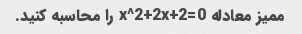
ممیز معادله x^2+2x+2=0 را محاسبه کنید.